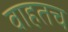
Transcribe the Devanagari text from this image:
वाहतच